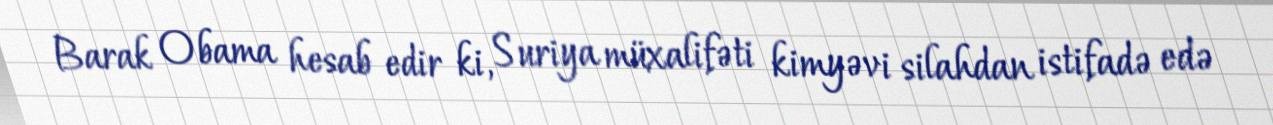
Barak Obama hesab edir ki, Suriya müxalifəti kimyəvi silahdan istifadə edə